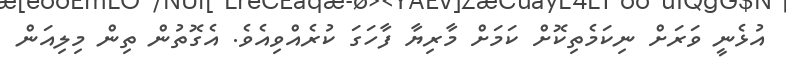
އުޅެނީ ވަރަށް ނިކަމެތިކޮށް ކަމަށް މާރިޔާ ފާހަގަ ކުރެއްވިއެވެ. އެގޮތުން ތިން މިލިއަން